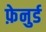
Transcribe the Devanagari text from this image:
फ़ेनुर्ड